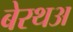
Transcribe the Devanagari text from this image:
बेरथअ